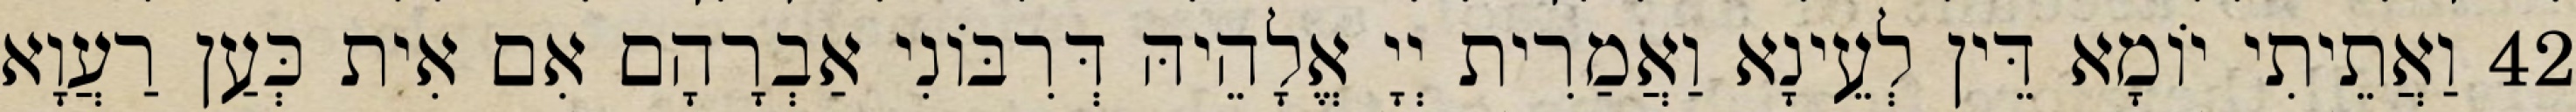
42 וַאֲתֵיתִי יוֹמָא דֵּין לְעֵינָא וַאֲמַרִית יְיָ אֱלָהֵיהּ דְּרִבּוֹנִי אַבְרָהָם אִם אִית כְּעַן רַעֲוָא